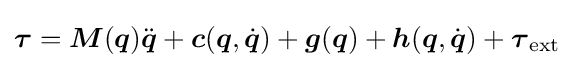
{\boldsymbol {\tau }}={\boldsymbol {M}}({\boldsymbol {q}}){\ddot {\boldsymbol {q}}}+{\boldsymbol {c}}({\boldsymbol {q}},{\dot {\boldsymbol {q}}})+{\boldsymbol {g}}({\boldsymbol {q}})+{\boldsymbol {h}}({\boldsymbol {q}},{\dot {\boldsymbol {q}}})+{\boldsymbol {\tau }}_{\mathrm {ext} }